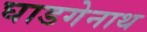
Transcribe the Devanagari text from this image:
घाडगेनाथ